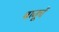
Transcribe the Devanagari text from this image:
बाजूचें